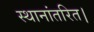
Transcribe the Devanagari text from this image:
स्थानांतरित।